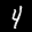
Label: 4